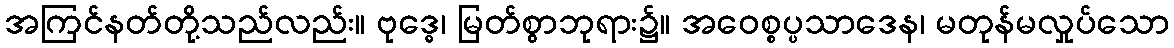
အကြင်နတ်တို့သည်လည်း။ ဗုဒ္ဓေ၊ မြတ်စွာဘုရား၌။ အဝေစ္စပ္ပသာဒေန၊ မတုန်မလှုပ်သော